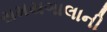
સમયગાલાની